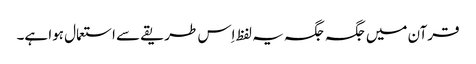
قرآن میں جگہ جگہ یہ لفظ اِس طریقے سے استعمال ہوا ہے۔